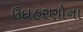
ઉદાહરણોના